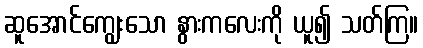
ဆူအောင်ကျွေးသော နွားကလေးကို ယူ၍ သတ်ကြ။